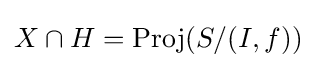
X\cap H=\operatorname {Proj} (S/(I,f))